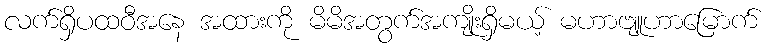
လက်ရှိပထဝီအနေ အထားကို မိမိအတွက်အကျိုးရှိမယ့် မဟာဗျူဟာမြောက်